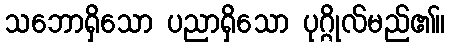
သဘောရှိသော ပညာရှိသော ပုဂ္ဂိုလ်မည်၏။